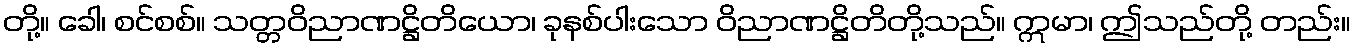
တို့။ ခေါ၊ စင်စစ်။ သတ္တဝိညာဏဋ္ဌိတိယော၊ ခုနစ်ပါးသော ဝိညာဏဋ္ဌိတိတို့သည်။ ဣမာ၊ ဤသည်တို့ တည်း။